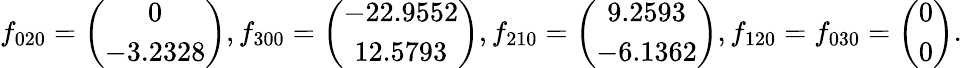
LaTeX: f_{020}=\left(\begin{array}{c}{0}\\ {-3.2328}\end{array}\right),f_{300}=\left(\begin{array}{c}{-22.9552}\\ {12.5793}\end{array}\right),f_{210}=\left(\begin{array}{c}{9.2593}\\ {-6.1362}\end{array}\right),f_{120}=f_{030}=\left(\begin{array}{c}{0}\\ {0}\end{array}\right).